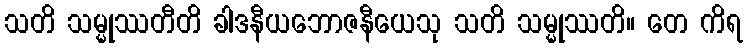
သတိ သမ္မုဿတီတိ ခါဒနီယဘောဇနီယေသု သတိ သမ္မုဿတိ။ တေ ကိရ